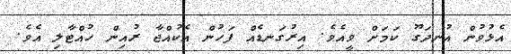
އެޅުވުން އުނދަގޫ ކަމަށް ވީއެވެ. އިރުގަނޑެއް ފަހުން އެކުއްޖާ ރުއިން ހުއްޓާލި އެވެ.